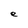
Character: e